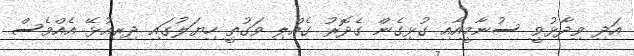
އަދި ވިދާޅުވީ ސުނާމީއާއި ގުޅިގެން ގެދޮރު ގެއްލި ވަގުތީ ހިޔަލުގައި ދިރިއުޅޭ އެއްވެސް